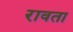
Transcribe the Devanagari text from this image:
रावता